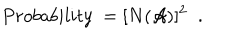
P r o b a b i l i t y \; = [ N ( { \cal A } ) ] ^ { 2 } \; \; .